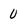
Character: u